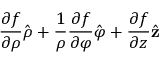
{ \frac { \partial f } { \partial \rho } } { \hat { \boldsymbol { \rho } } } + { \frac { 1 } { \rho } } { \frac { \partial f } { \partial \varphi } } { \hat { \boldsymbol { \varphi } } } + { \frac { \partial f } { \partial z } } { \hat { \mathbf { z } } }